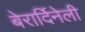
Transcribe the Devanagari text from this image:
बेरार्दिनेली